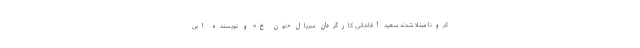
کرونا مبتلا شدند سعید آقاخانی کارگردان سریال «نون خ» و نویسنده این